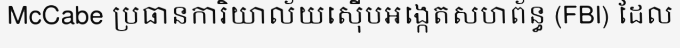
McCabe ប្រធានការិយាល័យស៊ើបអង្កេតសហព័ន្ធ (FBI) ដែល